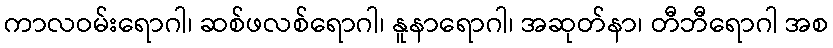
ကာလဝမ်းရောဂါ၊ ဆစ်ဖလစ်ရောဂါ၊ နူနာရောဂါ၊ အဆုတ်နာ၊ တီဘီရောဂါ အစ